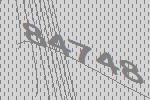
84748